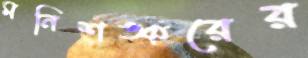
মনিশঙ্করের